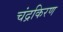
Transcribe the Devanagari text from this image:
चंद्रकिरण